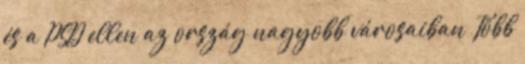
és a PSD ellen az ország nagyobb városaiban Több